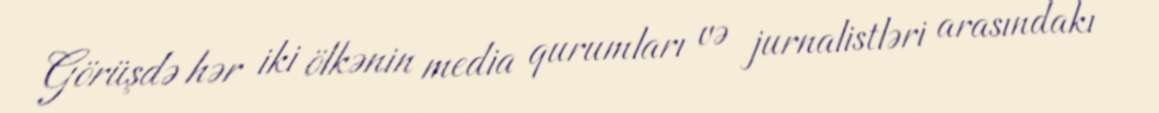
Görüşdə hər iki ölkənin media qurumları və jurnalistləri arasındakı